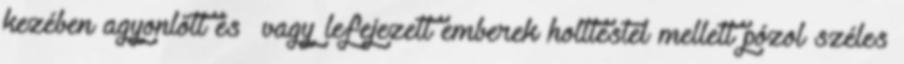
kezében agyonlőtt és vagy lefejezett emberek holttestei mellett pózol széles